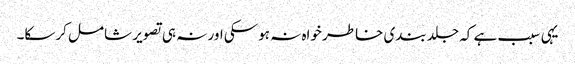
یہی سبب ہے کہ جلد بندی خاطر خواہ نہ ہوسکی اور نہ ہی تصویر شامل کرسکا۔